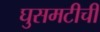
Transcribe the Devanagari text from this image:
घुसमटीची